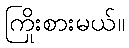
ကြိုးစားမယ်။